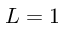
L = 1